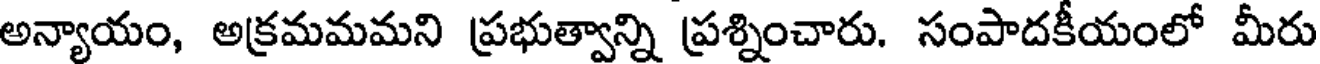
అన్యాయం, అక్రమమమని ప్రభుత్వాన్ని ప్రశ్నించారు. సంపాదకీయంలో మీరు